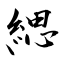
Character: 緦